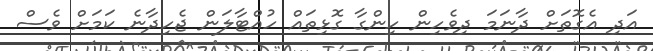
އަދި އެގޮތަށް ދާނަމަ ދިވެހިން ހިންގާ ގޮޅިތައް ހުއްޓާލަން ޖެހިދާނެ ކަމަށް ވެސް